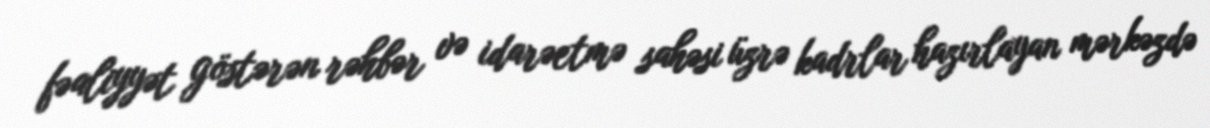
fəaliyyət göstərən rəhbər və idarəetmə sahəsi üzrə kadrlar hazırlayan mərkəzdə